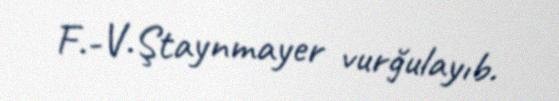
F.-V.Ştaynmayer vurğulayıb.